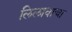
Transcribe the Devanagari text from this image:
लिलावाचा